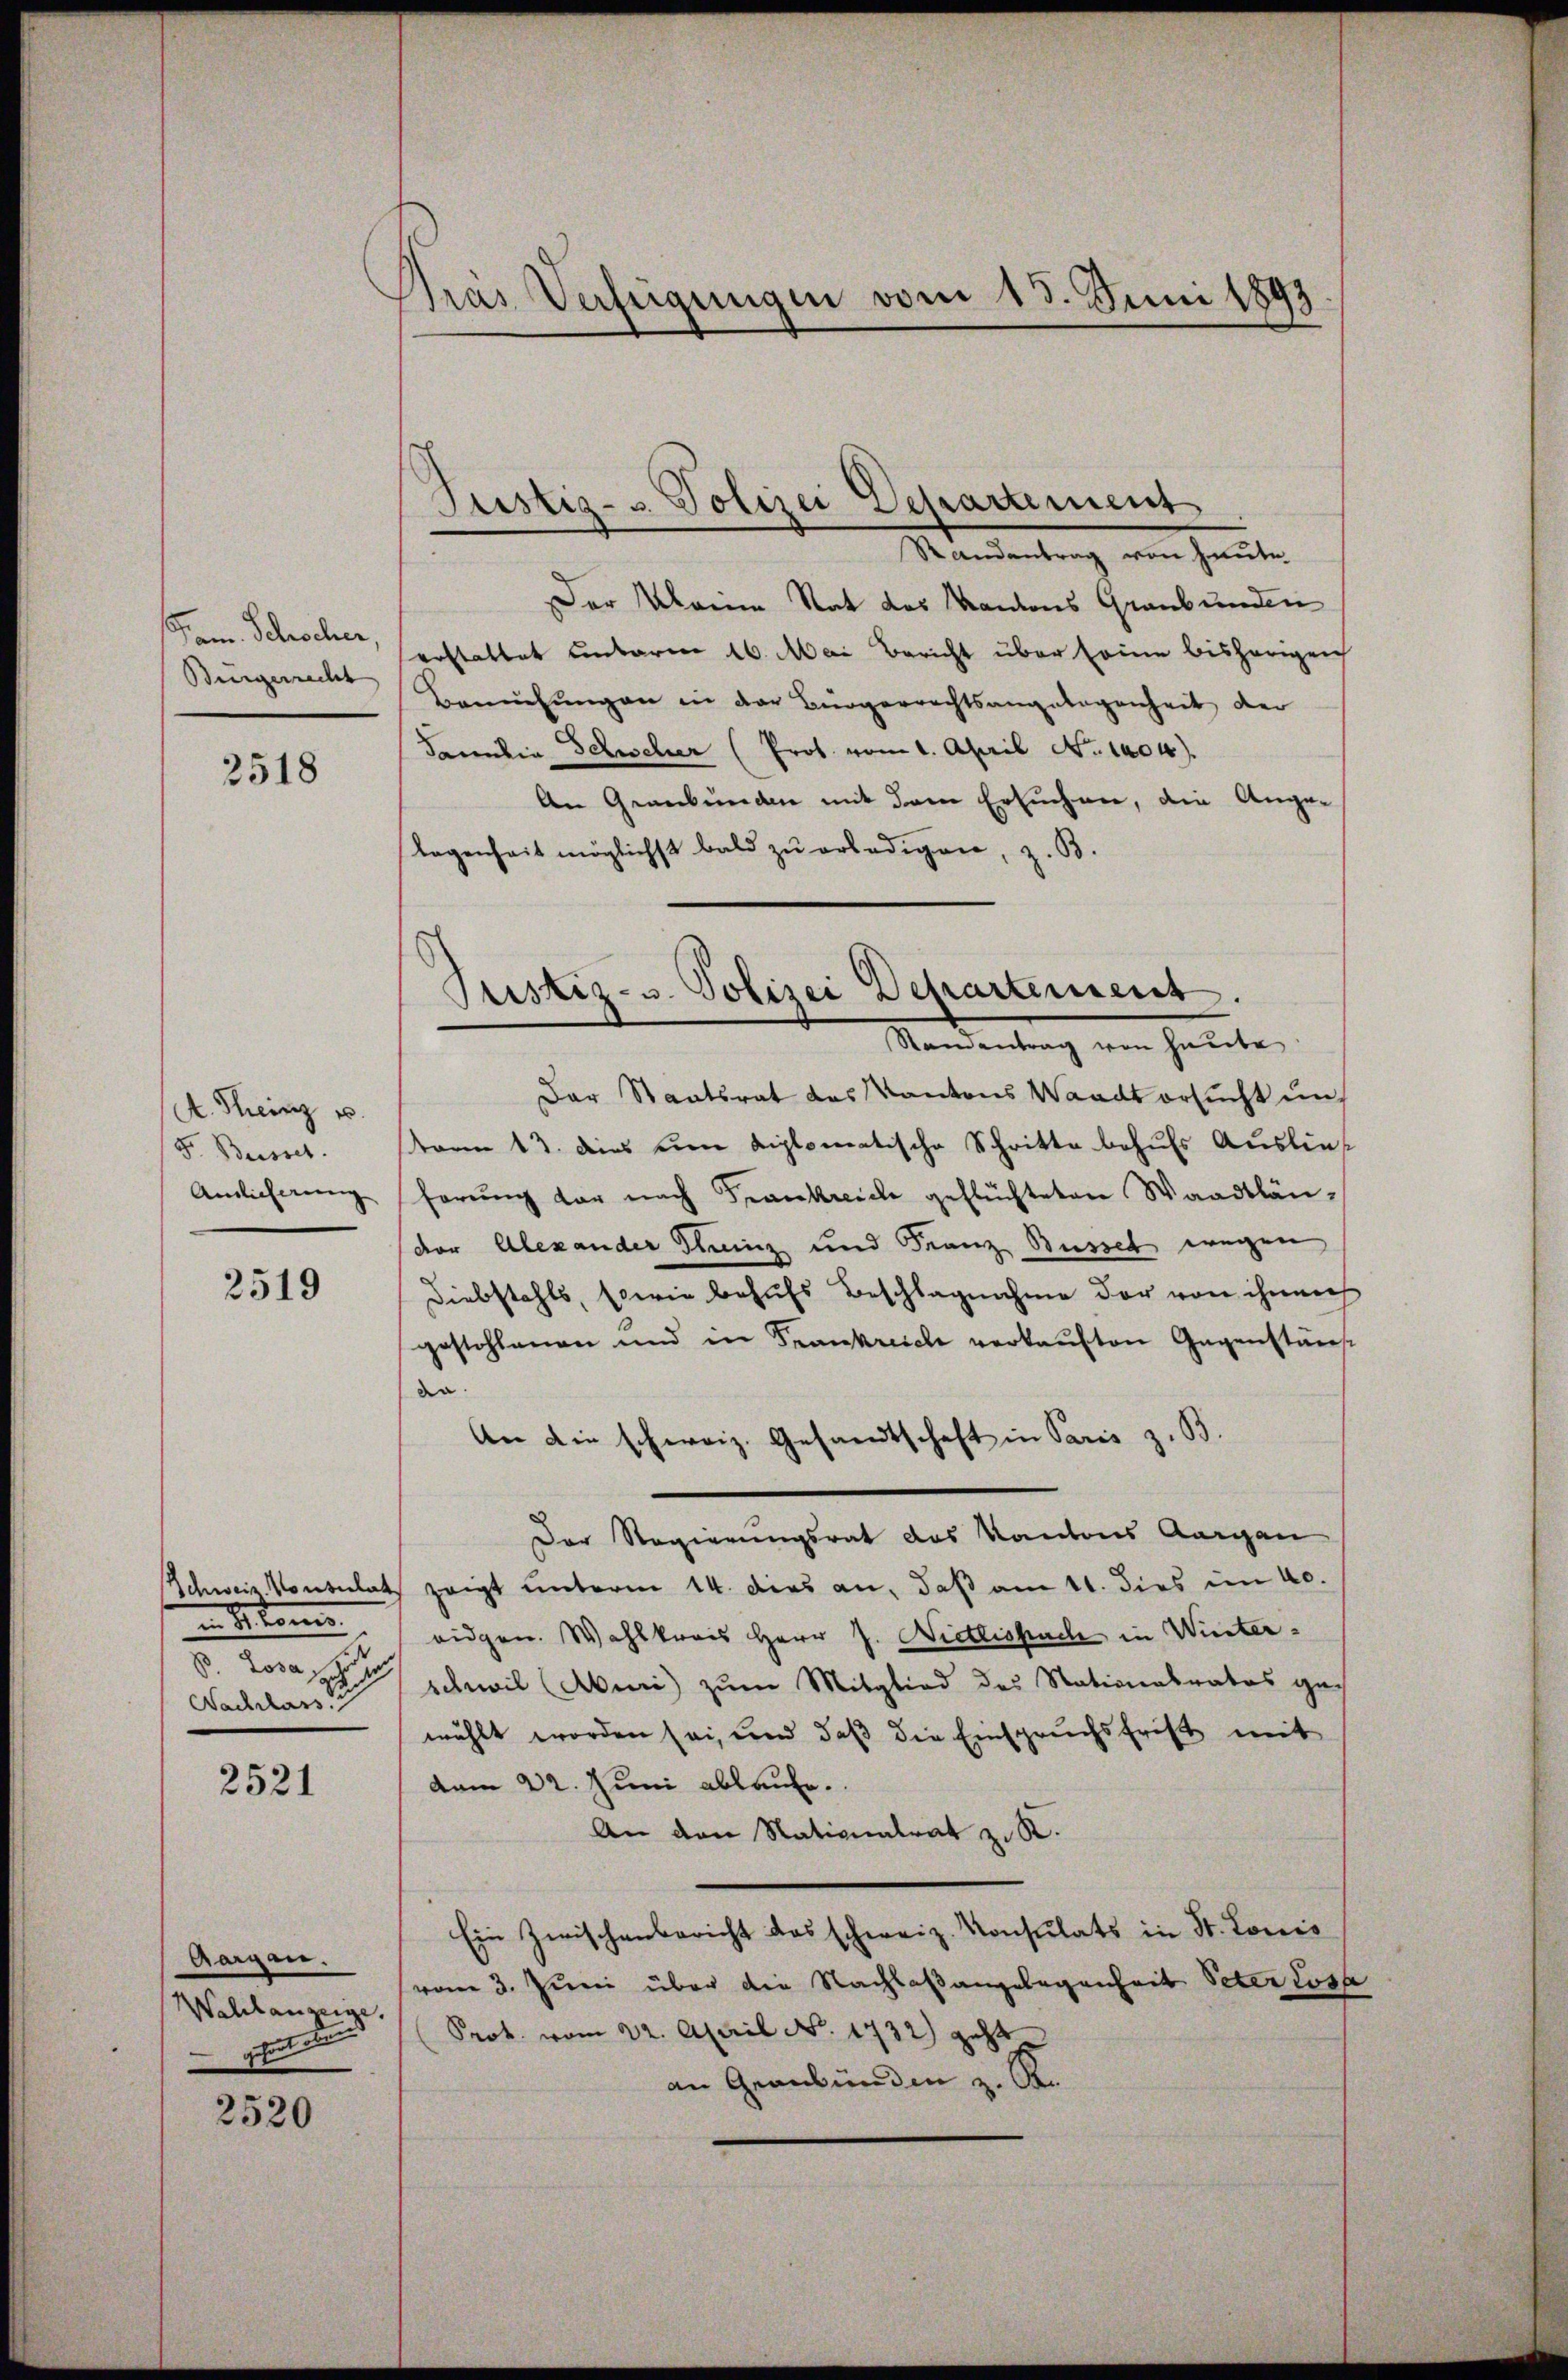
Jam. Schocher
Burgerrecht

2518

A. Theinz u.
F. Busset.
Amlicherung

2519

Schweiz. Konsulat
i kom
. Rosa s
Nachlass

2521

Aargen.
Wahlanzeige,
g

2520

Pras Verfügungen vom 15. Juni 1893

Justiz- & Polizei Departement

Justiz- u. Polizei Departement.
Standentrag von heute

Standentrag von Heute
Der Marie Rat des Kantons Graubünden
erstattet unterm 16. Mai Bericht über seine bisherigen
Bemühŭngen in der Bürgerrechtsangelegenheit der
Familia Schwehrer (Prof. vom 1. April No 1404).
An Graubünden mit dem Ersuchen, die Ange-
legenheit möglichst bald zŭ erledigen, z. B.
Der Staatsrat des Kantons Waadt ersucht un
kann 13. dies eine diplomatische Schritte behufs Auslieferung der nach Frankreiche geflüchteten Waadtländer Alexander Theinz und Franz Busset wegen
Diebstahls, sowie behufs Beschlagnahme der von ihnen
gestohlenen und in Frankreiche verkaŭften Gegenständ
da
An die schweiz. Gesandtschaft in Paris z. B.
Der Regierungsrat des Kantons Aargau
zeigt unterm 14. dies an, daß am 11. dies im 40.
eidgen. Wahlkreis Herr J. Nietlispache in Winterschwil (Aburi zum Mitglied des Nationalrates ge-
wählt worden sei, und daß die Einspruchsfrist mit
vom 22. Juni ablaufe.
An den Nationalrat z. R.
Ein Zwischenbericht das schweiz. Konsulats in St. Louis
vom 3. Juni über die Nachlaßangelegenheit Peter Lose
Prok. vom 22. April No. 1732) geht.
an Graubünden z. B.